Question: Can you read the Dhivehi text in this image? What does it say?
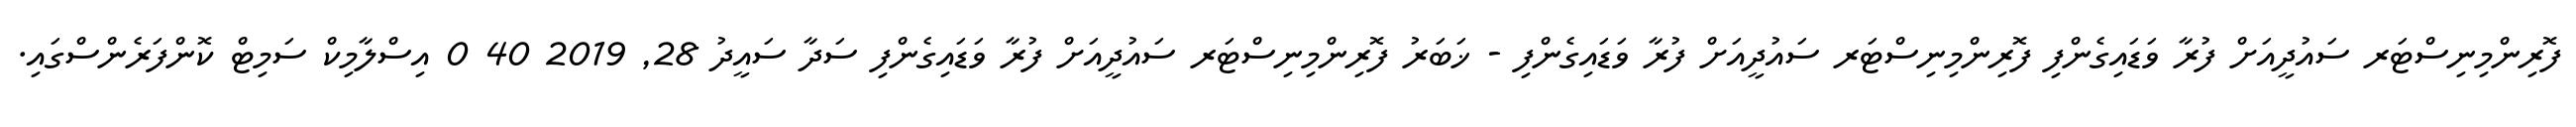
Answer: ފޮރިންމިނިސްޓަރ ސައުދީއަށް ފުރާ ވަޑައިގެންފި ފޮރިންމިނިސްޓަރ ސައުދީއަށް ފުރާ ވަޑައިގެންފި - ޚަބަރު ފޮރިންމިނިސްޓަރ ސައުދީއަށް ފުރާ ވަޑައިގެންފި ސަދާ ސައީދު 28, 2019 40 0 އިސްލާމިކް ސަމިޓް ކޮންފަރެންސްގައި.